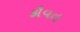
કૌવત